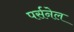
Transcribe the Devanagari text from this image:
पर्सनेल